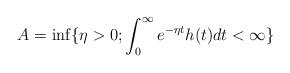
LaTeX: \begin{align*}A=\inf\{\eta>0; \int_{0}^{\infty}e^{-\eta t}h(t)dt<\infty\}\end{align*}